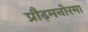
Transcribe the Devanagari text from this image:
प्रौढ़मनोरमा